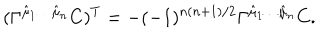
( \Gamma ^ { \hat { \mu } _ { 1 } \dots \hat { \mu } _ { n } } C ) ^ { T } = - ( - 1 ) ^ { n ( n + 1 ) / 2 } \Gamma ^ { \hat { \mu } _ { 1 } \dots \hat { \mu } _ { n } } C .